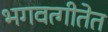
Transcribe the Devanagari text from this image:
भगवत्गीतेत